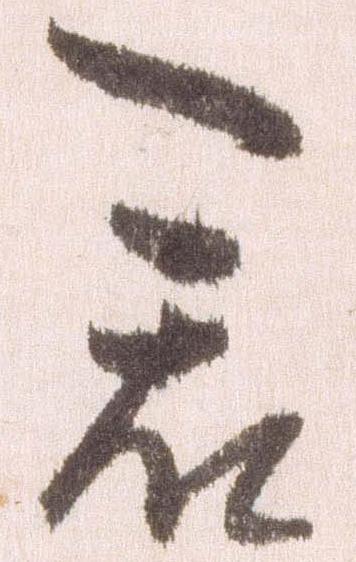
君